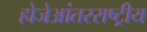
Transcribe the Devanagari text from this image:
होजेआंतरराष्ट्रीय